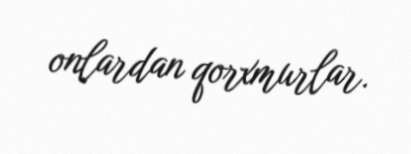
onlardan qorxmurlar.